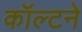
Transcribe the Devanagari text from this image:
कॉल्टने